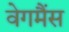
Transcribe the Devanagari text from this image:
वेगमैंस